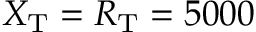
X _ { \mathrm { T } } = R _ { \mathrm { T } } = 5 0 0 0